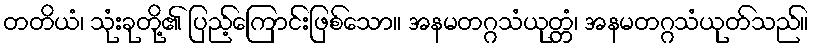
တတိယံ၊ သုံးခုတို့၏ ပြည့်ကြောင်းဖြစ်သော။ အနမတဂ္ဂသံယုတ္တံ၊ အနမတဂ္ဂသံယုတ်သည်။